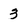
Character: 3